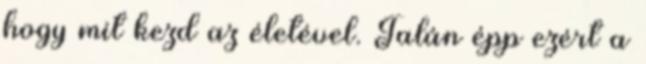
hogy mit kezd az életével. Talán épp ezért a